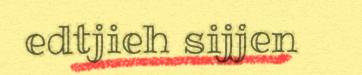
edtjieh sijjen